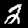
Label: 2